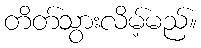
တိတ်သွားလိမ့်မည်။